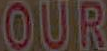
OUR